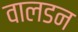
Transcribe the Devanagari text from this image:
वालडन